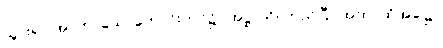
သွား၍။ အာကာသေ၊ ကောင်းကင်၌။ အဋ္ဌာသိ၊ တည်ပြီ။ အထ၊ ထိုအခါ၌။